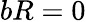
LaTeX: bR=0